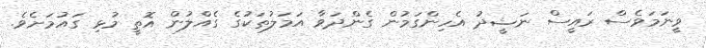
ވީނަމަވެސް ރައީސް ނަޝީދު އެހިންގަމުން ގެންދަވާ އަމަލުތަކުގެ ގެއްލުން އޮތީ މުޅި ގައުމަށެވެ.